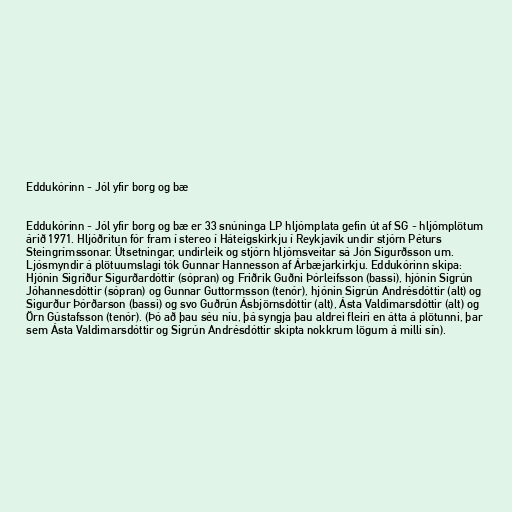
Eddukórinn - Jól yfir borg og bæ

Eddukórinn - Jól yfir borg og bæ er 33 snúninga LP hljómplata gefin út af SG - hljómplötum
árið 1971. Hljóðritun fór fram í stereo í Háteigskirkju í Reykjavík undir stjórn Péturs
Steingrímssonar. Útsetningar, undirleik og stjórn hljómsveitar sá Jón Sigurðsson um.
Ljósmyndir á plötuumslagi tók Gunnar Hannesson af Árbæjarkirkju. Eddukórinn skipa:
Hjónin Sigríður Sigurðardóttir (sópran) og Friðrik Guðni Þórleifsson (bassi), hjónin Sigrún
Jóhannesdóttir (sópran) og Gunnar Guttormsson (tenór), hjónin Sigrún Andrésdóttir (alt) og
Sigurður Þórðarson (bassi) og svo Guðrún Ásbjörnsdóttir (alt), Ásta Valdimarsdóttir (alt) og
Örn Gústafsson (tenór). (Þó að þau séu níu, þá syngja þau aldrei fleiri en átta á plötunni, þar
sem Ásta Valdimarsdóttir og Sigrún Andrésdóttir skipta nokkrum lögum á milli sín).